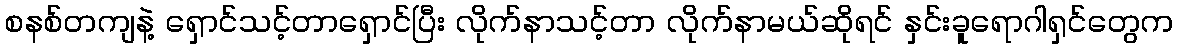
စနစ်တကျနဲ့ ရှောင်သင့်တာရှောင်ပြီး လိုက်နာသင့်တာ လိုက်နာမယ်ဆိုရင် နှင်းခူရောဂါရှင်တွေက